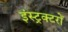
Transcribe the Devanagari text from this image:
इंस्ट्रक्टरों